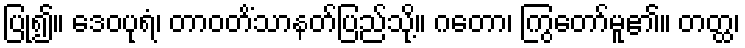
ပြု၍။ ဒေဝပုရံ၊ တာဝတိံသာနတ်ပြည်သို့။ ဂတော၊ ကြွတော်မူ၏။ တတ္ထ၊